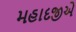
મહાદજીએ